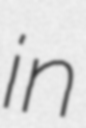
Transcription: in